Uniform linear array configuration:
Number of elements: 12
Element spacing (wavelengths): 0.5
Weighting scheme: exponential
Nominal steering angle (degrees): -60
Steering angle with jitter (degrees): -58.27
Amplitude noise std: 0.05
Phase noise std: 0.05

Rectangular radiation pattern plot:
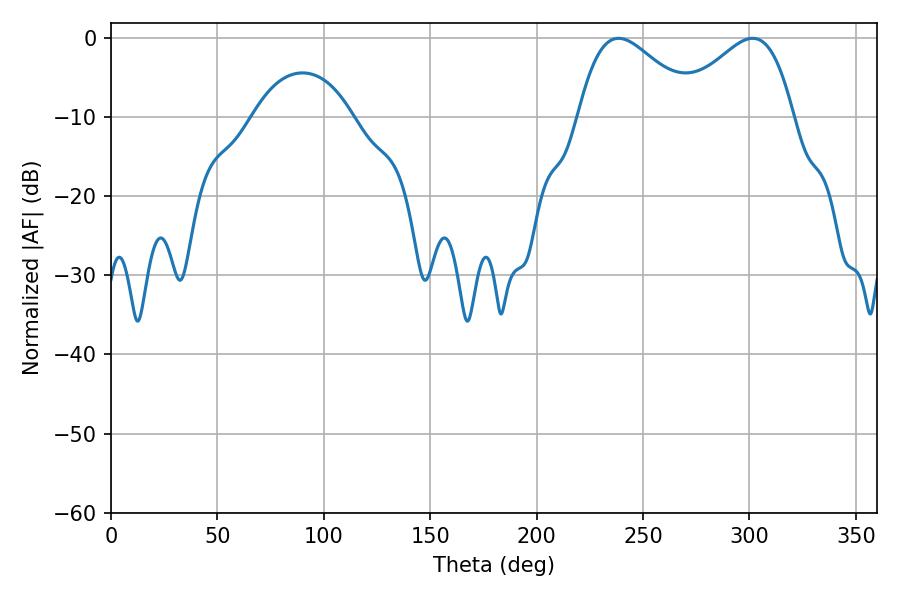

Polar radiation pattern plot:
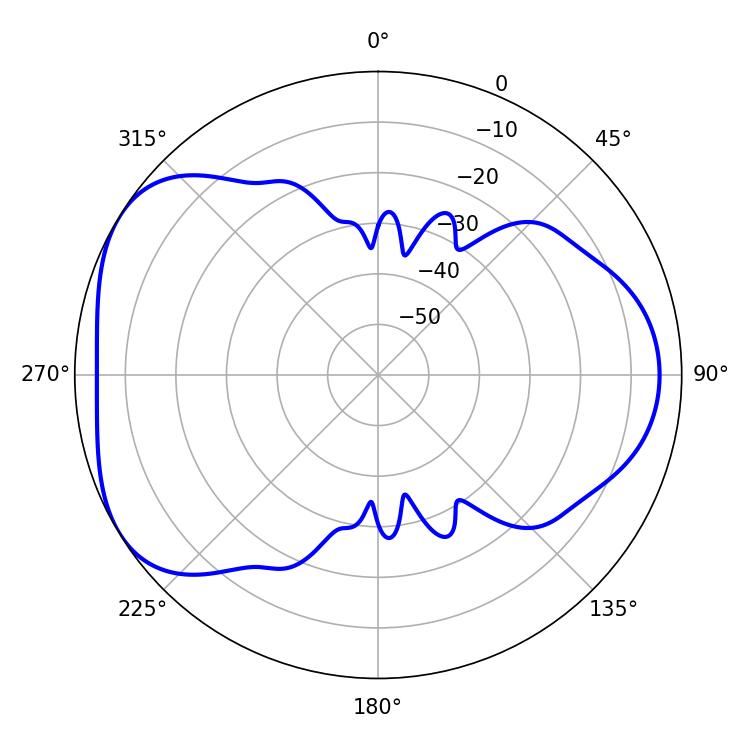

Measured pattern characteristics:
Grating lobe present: FALSE
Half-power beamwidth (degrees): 29.7
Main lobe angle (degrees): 238.5